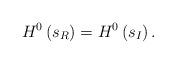
LaTeX: \begin{align*}H^0\left( s_R\right) =H^0\left( s_I\right) .\end{align*}